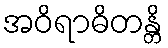
အဝိရာဓိတန္တိ